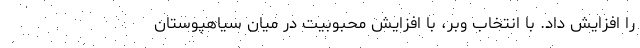
را افزایش داد. با انتخاب وبر، با افزایش محبوبیت در میان سیاهپوستان